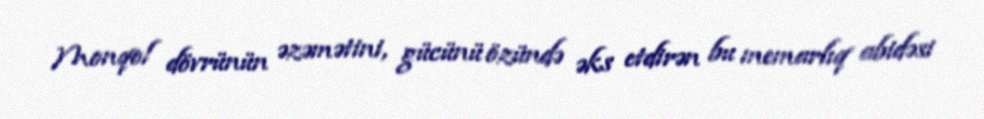
Monqol dövrünün əzəmətini, gücünü özündə əks etdirən bu memarlıq abidəsi